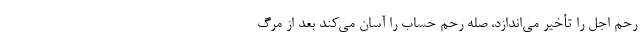
رحم اجل را تأخیر می‌اندازد، صله رحم حساب را آسان می‌کند بعد از مرگ